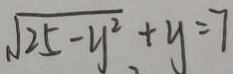
\sqrt { 2 5 - y ^ { 2 } } + y = 7